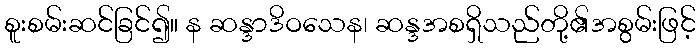
စူးစမ်းဆင်ခြင်၍။ န ဆန္ဒာဒိဝသေန၊ ဆန္ဒအစရှိသည်တို့၏အစွမ်းဖြင့်